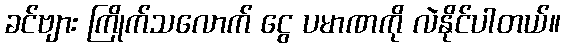
ခင်ဗျား ကြိုက်သလောက် ငွေ ပမာဏကို လဲနိုင်ပါတယ်။